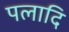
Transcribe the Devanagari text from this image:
पलादि